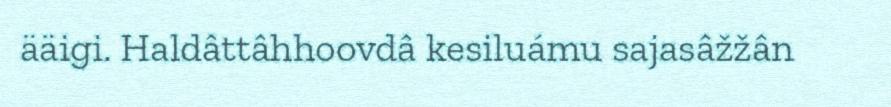
ääigi. Haldâttâhhoovdâ kesiluámu sajasâžžân